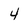
Character: 4